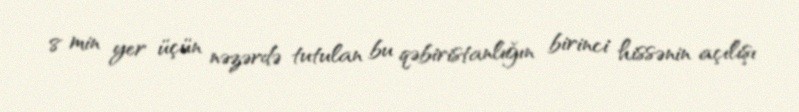
8 min yer üçün nəzərdə tutulan bu qəbiristanlığın birinci hissənin açılışı